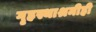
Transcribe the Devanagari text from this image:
गृहस्थाश्रमीही